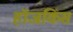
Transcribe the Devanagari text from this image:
हॉजकिंस